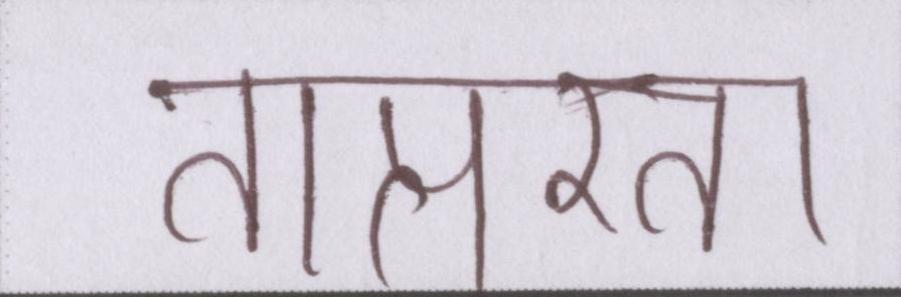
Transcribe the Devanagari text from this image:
तात्परता